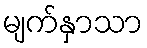
မျက်နှာသာ